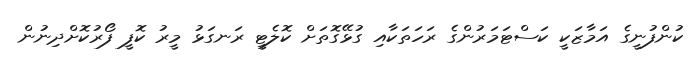
ކުންފުނީގެ އަމާޒަކީ ކަސްޓަމަރުންގެ ރަހަތަކާއި ގުޅޭގޮތަށް ކޮލެޓީ ރަނގަޅު މީރު ކޮފީ ފޯރުކޮށްދިނުން